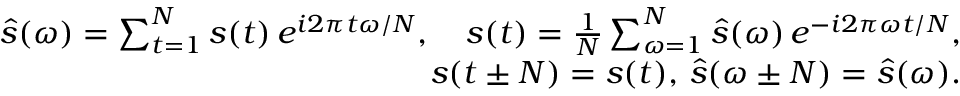
\begin{array} { r l r } & { } & { \hat { s } ( \omega ) = \sum _ { t = 1 } ^ { N } s ( t ) \, e ^ { i 2 \pi t \omega / N } , \quad s ( t ) = \frac { 1 } { N } \sum _ { \omega = 1 } ^ { N } \hat { s } ( \omega ) \, e ^ { - i 2 \pi \omega t / N } , } \\ & { } & { s ( t \pm N ) = s ( t ) , \, \hat { s } ( \omega \pm N ) = \hat { s } ( \omega ) . } \end{array}